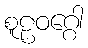
စူဠဝဂ္ဂေါ